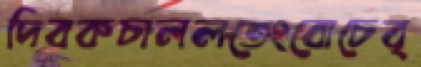
দিবকচাললতেংবোচেবৃ